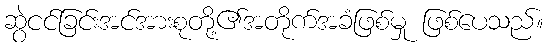
ဆွဲငင်ခြင်းအင်အားစုတို့၏အတိုက်အခံဖြစ်မှု ဖြစ်ပေသည်။